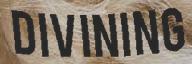
DIVINING